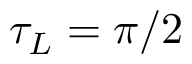
\tau _ { L } = \pi / 2